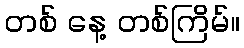
တစ် နေ့ တစ်ကြိမ်။